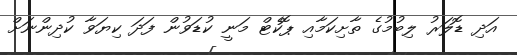
އަދި ޑޮލަރު ލިބުމުގެ ތާށިކަމާއި ޕޮކެޓް މަނީ ކުޑަވުން ފަދަ ކިޔަވާ ކުދިންނަށް